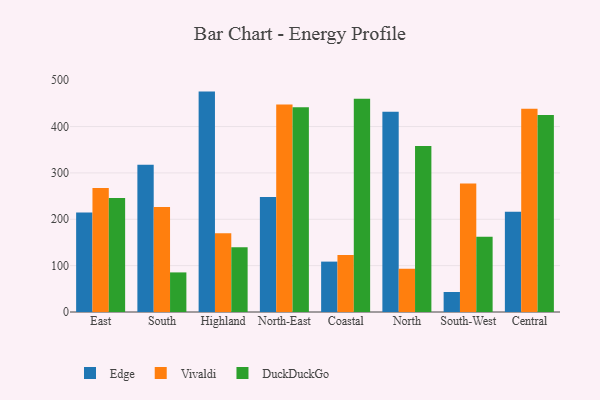
{"axis": {"x": "Region", "y": "Market Share (%)"}, "legend": ["DuckDuckGo", "Edge", "Vivaldi"], "data": [{"x": "East", "y": 214.8, "type": "Edge"}, {"x": "East", "y": 267.6, "type": "Vivaldi"}, {"x": "East", "y": 245.9, "type": "DuckDuckGo"}, {"x": "South", "y": 317.4, "type": "Edge"}, {"x": "South", "y": 226.3, "type": "Vivaldi"}, {"x": "South", "y": 85.4, "type": "DuckDuckGo"}, {"x": "Highland", "y": 475.4, "type": "Edge"}, {"x": "Highland", "y": 170.0, "type": "Vivaldi"}, {"x": "Highland", "y": 139.6, "type": "DuckDuckGo"}, {"x": "North-East", "y": 247.9, "type": "Edge"}, {"x": "North-East", "y": 447.8, "type": "Vivaldi"}, {"x": "North-East", "y": 441.8, "type": "DuckDuckGo"}, {"x": "Coastal", "y": 108.7, "type": "Edge"}, {"x": "Coastal", "y": 122.8, "type": "Vivaldi"}, {"x": "Coastal", "y": 460.1, "type": "DuckDuckGo"}, {"x": "North", "y": 431.7, "type": "Edge"}, {"x": "North", "y": 93.3, "type": "Vivaldi"}, {"x": "North", "y": 358.1, "type": "DuckDuckGo"}, {"x": "South-West", "y": 43.2, "type": "Edge"}, {"x": "South-West", "y": 277.3, "type": "Vivaldi"}, {"x": "South-West", "y": 162.1, "type": "DuckDuckGo"}, {"x": "Central", "y": 216.4, "type": "Edge"}, {"x": "Central", "y": 438.6, "type": "Vivaldi"}, {"x": "Central", "y": 424.9, "type": "DuckDuckGo"}]}